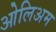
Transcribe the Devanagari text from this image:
ओलिअम